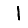
Digit: 1